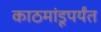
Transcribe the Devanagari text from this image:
काठमांडूपर्यंत